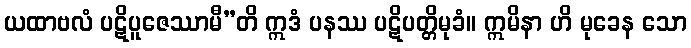
ယထာဗလံ ပဋိပူဇေဿာမီ”တိ ဣဒံ ပနဿ ပဋိပတ္တိမုခံ။ ဣမိနာ ဟိ မုခေန သော